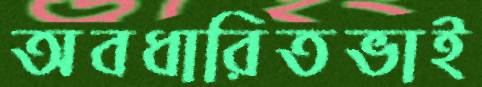
অবধারিতভাই